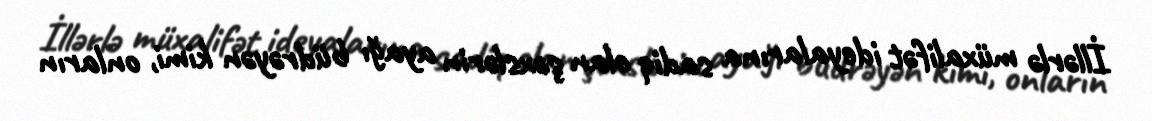
İllərlə müxalifət ideyalarına sadiq olan şəxslərin ayağı büdrəyən kimi, onların